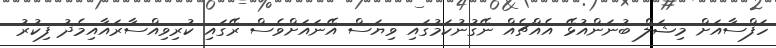
ހަފްސާއަށް މިޝަލް ބުނަންއުޅޭ އެއްޗެއް ނޭގުނުކަމުގައި ވިޔަސް އޭނައަށްވެސް ރޭގައި ކުރިވިއްސާރައާއިމެދު ފިކުރު